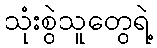
သုံးစွဲသူတွေရဲ့